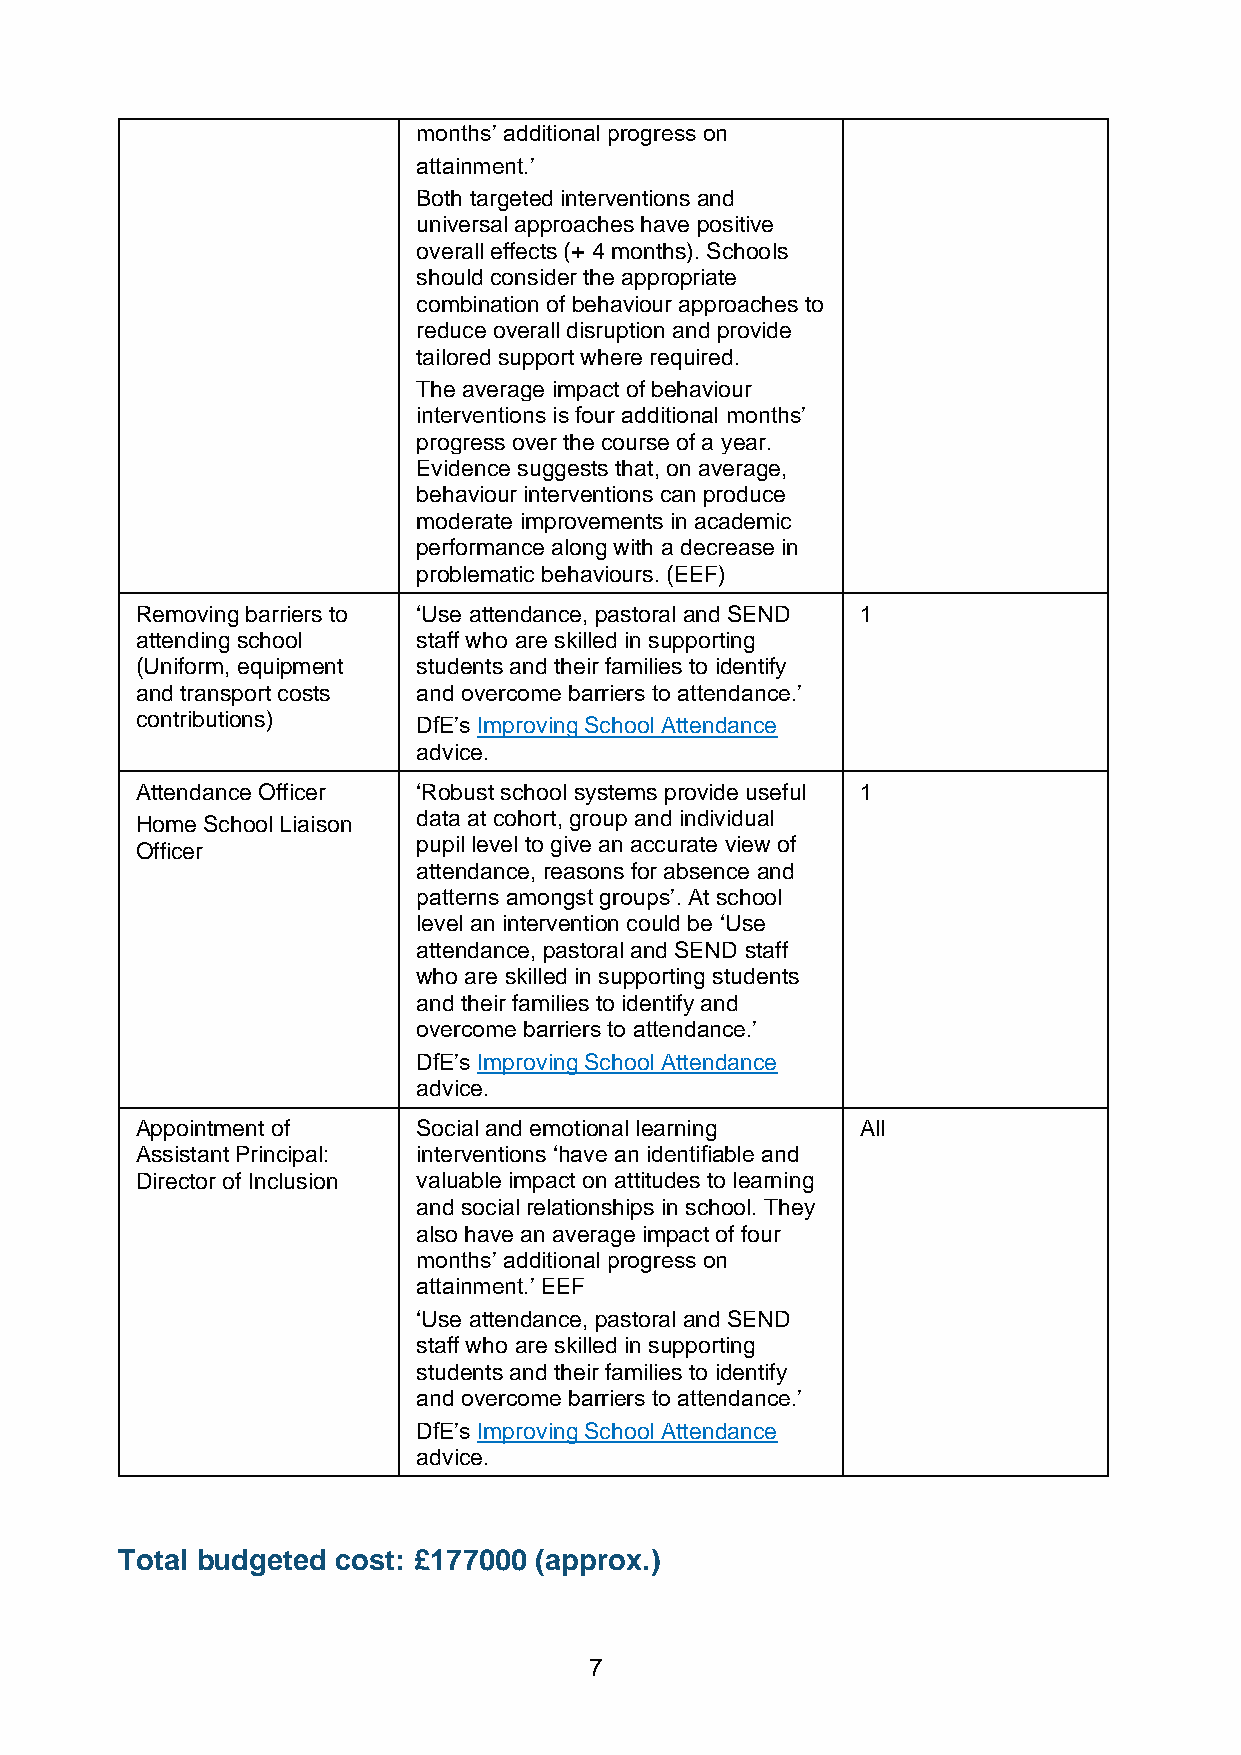
months’ additional progress on
 attainment.’
 Both targeted interventions and
 universal approaches have positive
 overall effects (+ 4 months). Schools
 should consider the appropriate
 combination of behaviour approaches to
 reduce overall disruption and provide
 tailored support where required.
 The average impact of behaviour
 interventions is four additional months’
 progress over the course of a year.
 Evidence suggests that, on average,
 behaviour interventions can produce
 moderate improvements in academic
 performance along with a decrease in
 problematic behaviours. (EEF)
 Removing barriers to ‘Use attendance, pastoral and SEND 1
 attending school   staff who are skilled in supporting
 (Uniform, equipment students and their families to identify
 and transport costs and overcome barriers to attendance.’
 contributions)     DfE’s Improving School Attendance
 advice.
 Attendance Officer ‘Robust school systems provide useful 1
 Home School Liaison data at cohort, group and individual
 pupil level to give an accurate view of
 Officer
 attendance, reasons for absence and
 patterns amongst groups’. At school
 level an intervention could be ‘Use
 attendance, pastoral and SEND staff
 who are skilled in supporting students
 and their families to identify and
 overcome barriers to attendance.’
 DfE’s Improving School Attendance
 advice.
 Appointment of     Social and emotional learning All
 Assistant Principal: interventions ‘have an identifiable and
 Director of Inclusion valuable impact on attitudes to learning
 and social relationships in school. They
 also have an average impact of four
 months’ additional progress on
 attainment.’ EEF
 ‘Use attendance, pastoral and SEND
 staff who are skilled in supporting
 students and their families to identify
 and overcome barriers to attendance.’
 DfE’s Improving School Attendance
 advice.
 Total budgeted cost: £177000 (approx.)
 7